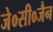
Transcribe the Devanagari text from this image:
जे०सी०जैन